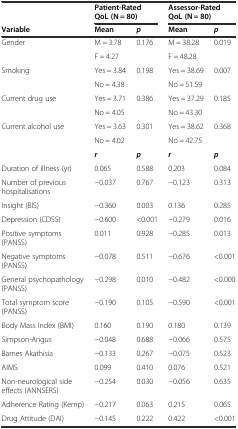
<table><thead><tr><td>[EMPTY_CELL]</td><td colspan="2"><b>Patient-Rated QoL (N = 80)</b></td><td colspan="2"><b>Assessor-Rated QoL (N = 80)</b></td></tr><tr><td><b>Variable</b></td><td><b>Mean</b></td><td><b><i>p</i></b></td><td><b>Mean</b></td><td><b><i>p</i></b></td></tr></thead><tbody><tr><td rowspan="2">Gender</td><td>M = 3.78</td><td rowspan="2">0.176</td><td>M = 38.28</td><td rowspan="2">0.019</td></tr><tr><td>F = 4.27</td><td>F = 48.28</td></tr><tr><td rowspan="2">Smoking</td><td>Yes = 3.84</td><td rowspan="2">0.198</td><td>Yes = 38.69</td><td rowspan="2">0.007</td></tr><tr><td>No = 4.38</td><td>No = 51.59</td></tr><tr><td rowspan="2">Current drug use</td><td>Yes = 3.71</td><td rowspan="2">0.386</td><td>Yes = 37.29</td><td rowspan="2">0.185</td></tr><tr><td>No = 4.05</td><td>No = 43.30</td></tr><tr><td rowspan="2">Current alcohol use</td><td>Yes = 3.63</td><td rowspan="2">0.301</td><td>Yes = 38.62</td><td rowspan="2">0.368</td></tr><tr><td>No = 4.02</td><td>No = 42.75</td></tr><tr><td>[EMPTY_CELL]</td><td><b><i>r</i></b></td><td><b><i>p</i></b></td><td><b><i>r</i></b></td><td><b><i>p</i></b></td></tr><tr><td>Duration of illness (yr)</td><td>0.065</td><td>0.588</td><td>0.203</td><td>0.084</td></tr><tr><td>Number of previous hospitalisations</td><td>−0.037</td><td>0.767</td><td>−0.123</td><td>0.313</td></tr><tr><td>Insight (BIS)</td><td>−0.360</td><td>0.003</td><td>0.136</td><td>0.285</td></tr><tr><td>Depression (CDSS)</td><td>−0.600</td><td>&lt;0.001</td><td>−0.279</td><td>0.016</td></tr><tr><td>Positive symptoms (PANSS)</td><td>0.011</td><td>0.928</td><td>−0.285</td><td>0.013</td></tr><tr><td>Negative symptoms (PANSS)</td><td>−0.078</td><td>0.511</td><td>−0.676</td><td>&lt;0.001</td></tr><tr><td>General psychopathology (PANSS)</td><td>−0.298</td><td>0.010</td><td>−0.482</td><td>&lt;0.000</td></tr><tr><td>Total symptom score (PANSS)</td><td>−0.190</td><td>0.105</td><td>−0.590</td><td>&lt;0.001</td></tr><tr><td>Body Mass Index (BMI)</td><td>0.160</td><td>0.190</td><td>0.180</td><td>0.139</td></tr><tr><td>Simpson-Angus</td><td>−0.048</td><td>0.688</td><td>−0.066</td><td>0.575</td></tr><tr><td>Barnes Akathisia</td><td>−0.133</td><td>0.267</td><td>−0.075</td><td>0.523</td></tr><tr><td>AIMS</td><td>0.099</td><td>0.410</td><td>0.076</td><td>0.521</td></tr><tr><td>Non-neurological side effects (ANNSERS)</td><td>−0.254</td><td>0.030</td><td>−0.056</td><td>0.635</td></tr><tr><td>Adherence Rating (Kemp)</td><td>−0.217</td><td>0.063</td><td>0.215</td><td>0.065</td></tr><tr><td>Drug Attitude (DAI)</td><td>−0.145</td><td>0.222</td><td>0.422</td><td>&lt;0.001</td></tr></tbody></table>